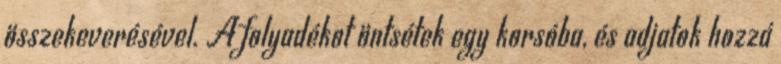
összekeverésével. A folyadékot öntsétek egy korsóba, és adjatok hozzá